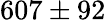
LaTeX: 607\pm 92